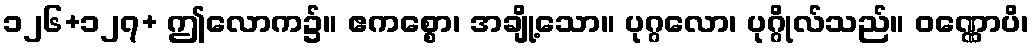
၁၂၆+၁၂၇+ ဤလောက၌။ ဧကစ္စော၊ အချို့သော။ ပုဂ္ဂလော၊ ပုဂ္ဂိုလ်သည်။ ဝဏ္ဏောပိ၊